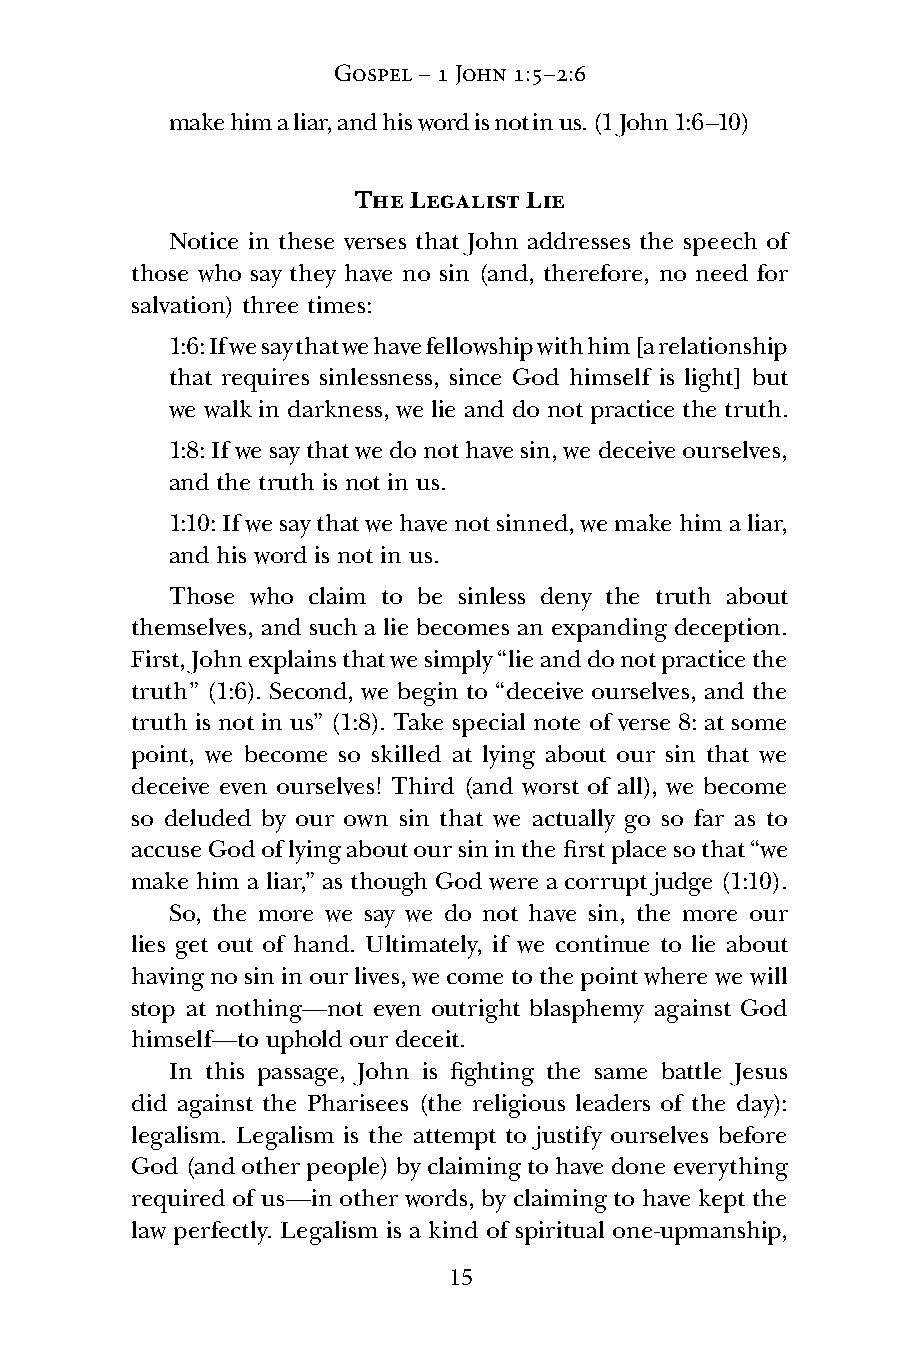
Gospel – 1 John 1:5–2:6
 make him a liar, and his word is not in us. (1 John 1:6–10)
 The Legalist Lie
 Notice in these verses that John addresses the speech of
 those who say they have no sin (and, therefore, no need for
 salvation) three times:
 1:6: If we say that we have fellowship with him [a relationship
 that requires sinlessness, since God himself is light] but
 we walk in darkness, we lie and do not practice the truth.
 1:8: If we say that we do not have sin, we deceive ourselves,
 and the truth is not in us.
 1:10: If we say that we have not sinned, we make him a liar,
 and his word is not in us.
 Those who claim to be sinless deny the truth about
 themselves, and such a lie becomes an expanding deception.
 First, John explains that we simply “lie and do not practice the
 truth” (1:6). Second, we begin to “deceive ourselves, and the
 truth is not in us” (1:8). Take special note of verse 8: at some
 point, we become so skilled at lying about our sin that we
 deceive even ourselves! Third (and worst of all), we become
 so deluded by our own sin that we actually go so far as to
 accuse God of lying about our sin in the first place so that “we
 make him a liar,” as though God were a corrupt judge (1:10).
 So, the more we say we do not have sin, the more our
 lies get out of hand. Ultimately, if we continue to lie about
 having no sin in our lives, we come to the point where we will
 stop at nothing—not even outright blasphemy against God
 himself—to uphold our deceit.
 In this passage, John is fighting the same battle Jesus
 did against the Pharisees (the religious leaders of the day):
 legalism. Legalism is the attempt to justify ourselves before
 God (and other people) by claiming to have done everything
 required of us—in other words, by claiming to have kept the
 law perfectly. Legalism is a kind of spiritual one-upmanship,
 15